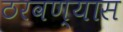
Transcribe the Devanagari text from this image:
ठरवण्यास